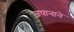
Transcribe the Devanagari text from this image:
जपानाने